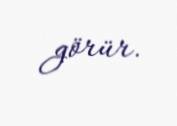
görür.